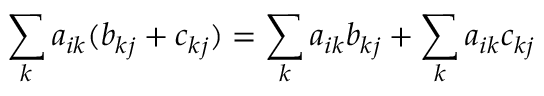
\sum _ { k } a _ { i k } ( b _ { k j } + c _ { k j } ) = \sum _ { k } a _ { i k } b _ { k j } + \sum _ { k } a _ { i k } c _ { k j }